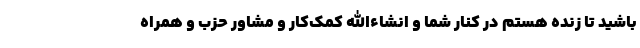
باشید تا زنده هستم در کنار شما و انشاءالله کمک‌کار و مشاور حزب و همراه